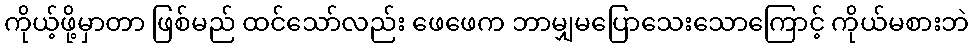
ကိုယ့်ဖို့မှာတာ ဖြစ်မည် ထင်သော်လည်း ဖေဖေက ဘာမျှမပြောသေးသောကြောင့် ကိုယ်မစားဘဲ